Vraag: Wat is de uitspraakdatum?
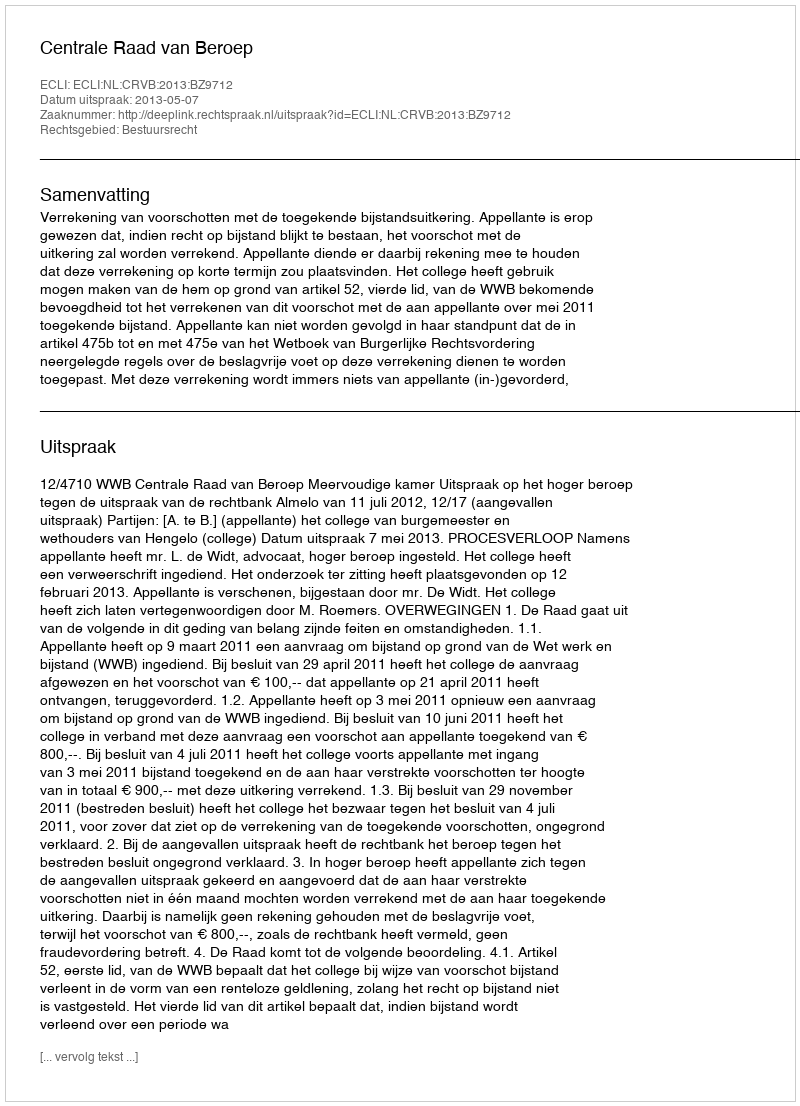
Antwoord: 2013-05-07